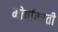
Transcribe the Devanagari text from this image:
मोर्चावरती